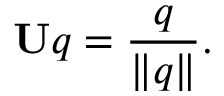
\mathbf { U } q = { \frac { q } { \lVert q \rVert } } .